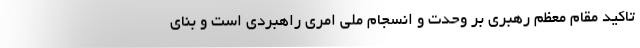
تاکید مقام معظم رهبری بر وحدت و انسجام ملی امری راهبردی است و بنای